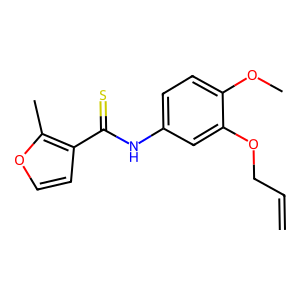
SMILES: C=CCOc1cc(NC(=S)c2ccoc2C)ccc1OC
Inhibits HIV replication: Yes